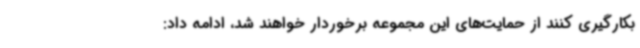
بکارگیری کنند از حمایت‌های این مجموعه برخوردار خواهند شد، ادامه داد: